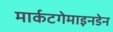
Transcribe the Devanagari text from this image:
मार्कटगेमाइनडेन